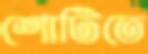
শোটিতে